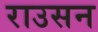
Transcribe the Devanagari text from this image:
राउसन